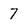
Character: 7